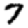
Digit: 7